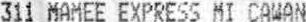
311 MAMEE EXPRESS MI CAWAN